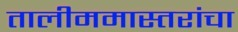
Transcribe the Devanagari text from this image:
तालीममास्तरांचा